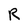
Character: R